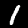
Digit: 1